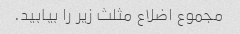
مجموع اضلاع مثلث زیر را بیابید.